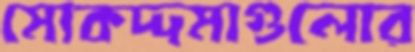
মোকদ্দমাগুলোর